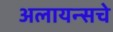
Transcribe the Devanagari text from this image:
अलायन्सचे